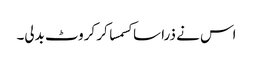
اس نے ذرا سا کسمسا کر کروٹ بدلی۔